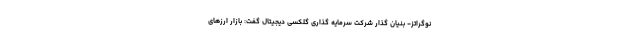
نوگراتز- بنیان گذار شرکت سرمایه گذاری گلکسی دیجیتال گفت: بازار ارزهای